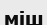
міш